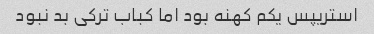
استریپس یکم کهنه بود اما کباب ترکی بد نبود